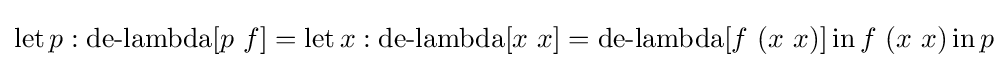
\operatorname {let} p:\operatorname {de-lambda} [p\ f]=\operatorname {let} x:\operatorname {de-lambda} [x\ x]=\operatorname {de-lambda} [f\ (x\ x)]\operatorname {in} f\ (x\ x)\operatorname {in} p